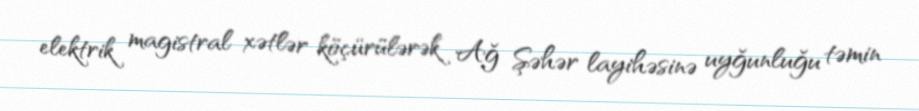
elektrik magistral xətlər köçürülərək Ağ Şəhər layihəsinə uyğunluğu təmin